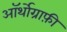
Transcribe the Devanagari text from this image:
ऑर्थोग्राफ़ी